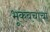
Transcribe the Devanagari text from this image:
भूकवचाचा